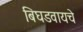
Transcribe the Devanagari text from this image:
बिघडवायचे